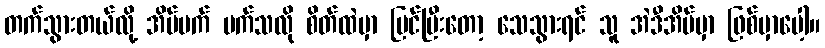
တက်သွားတယ်လို့ အိပ်မက် မက်သလို စိတ်ထဲမှာ မြင်ပြီးတော့ သေသွားရင် သူ အဲဒီအိမ်မှာ ဖြစ်မှာပေါ့။